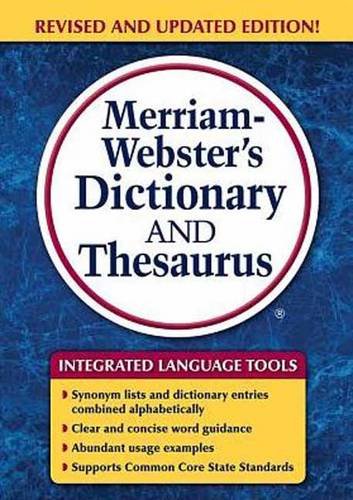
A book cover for Merriam-Webster's Dictionary and Thesaurus; Reference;